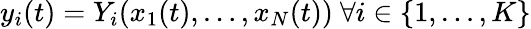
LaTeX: y_{i}(t)=Y_{i}(x_{1}(t),\ldots,x_{N}(t)){\mathrm{~}}\forall i\in\{ 1,\ldots,K\}